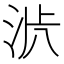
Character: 𱦟